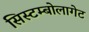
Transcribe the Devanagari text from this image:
सिस्टम्बोलागेट